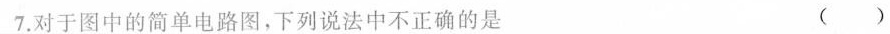
7.对于图中的简单电路图，下列说法中不正确的是 ()